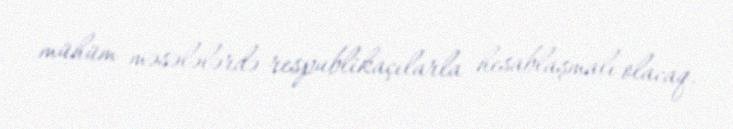
mühüm məsələlərdə respublikaçılarla hesablaşmalı olacaq.